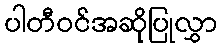
ပါတီဝင်အဆိုပြုလွှာ